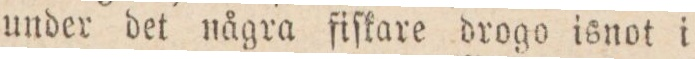
under det några fiſkare drogo isnot i